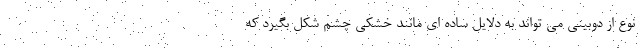
نوع از دوبینی می تواند به دلایل ساده ای مانند خشکی چشم شکل بگیرد که